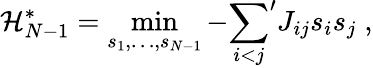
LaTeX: {\cal H}_{N-1}^{*}=\operatorname*{min}_{s_{1},\ldots,s_{N-1}}-{\sum_{i<j}}^{\prime}J_{ij}s_{i}s_{j}\; ,